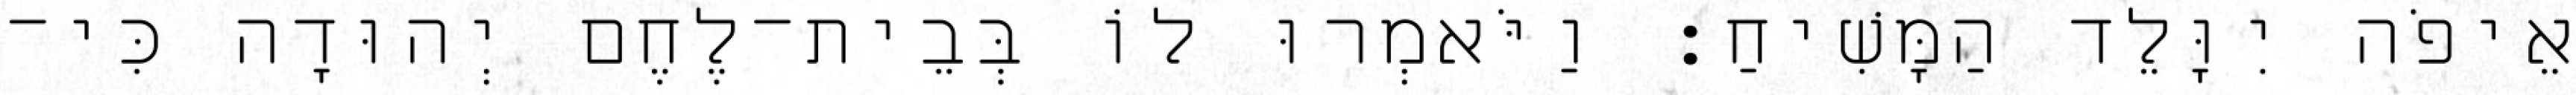
אֵיפֹה יִוָּלֵד הַמָּשִׁיחַ׃ וַיֹּאמְרוּ לוֹ בְּבֵית־לֶחֶם יְהוּדָה כִּי־